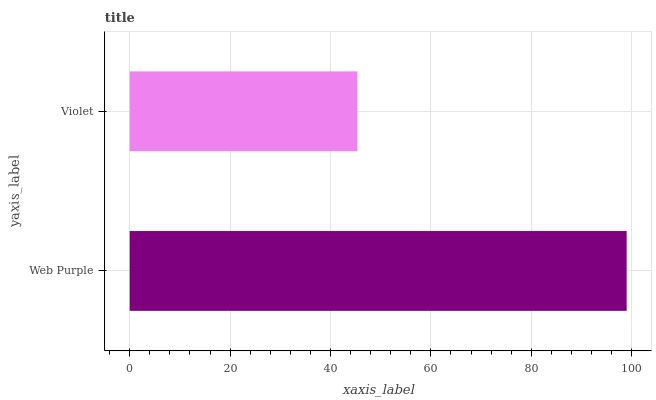
| yaxis_label | bars |
 | --- | --- |
 | Web Purple | 99 |
 | Violet | 45.4 |